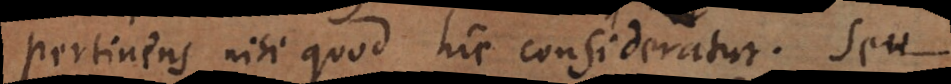
pertinens nisi quod hic consideratur. Seu